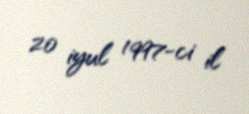
20 iyul 1997-ci il